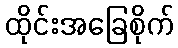
ထိုင်းအခြေစိုက်